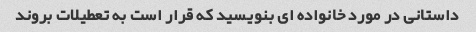
داستانی در مورد خانواده ای بنویسید که قرار است به تعطیلات بروند